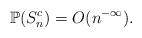
LaTeX: \begin{align*}\mathbb P(S_n^c)=O(n^{-\infty}).\end{align*}